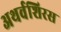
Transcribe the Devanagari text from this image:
अथर्वशिरस